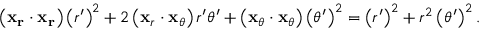
\left( \mathbf { x _ { r } } \cdot \mathbf { x _ { r } } \right) \left( r ^ { \prime } \right) ^ { 2 } + 2 \left( \mathbf { x } _ { r } \cdot \mathbf { x } _ { \theta } \right) r ^ { \prime } \theta ^ { \prime } + \left( \mathbf { x } _ { \theta } \cdot \mathbf { x } _ { \theta } \right) \left( \theta ^ { \prime } \right) ^ { 2 } = \left( r ^ { \prime } \right) ^ { 2 } + r ^ { 2 } \left( \theta ^ { \prime } \right) ^ { 2 } .